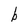
Character: b